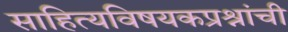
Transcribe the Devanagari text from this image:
साहित्यविषयकप्रश्नांची